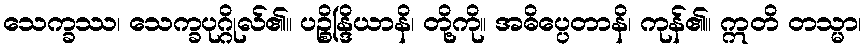
သေက္ခဿ၊ သေက္ခပုဂ္ဂိုလ်၏။ ပဉ္စိန္ဒြိယာနိ၊ တို့ကို။ အဓိပ္ပေတာနိ၊ ကုန်၏။ ဣတိ တသ္မာ၊